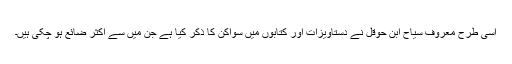
اسی طرح معروف سیاح ابن حوقل نے دستاویزات اور کتابوں میں سواکن کا ذکر کیا ہے جن میں سے اکثر ضائع ہو چکی ہیں۔